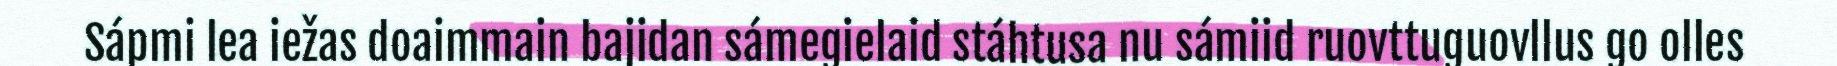
Sápmi lea iežas doaimmain bajidan sámegielaid stáhtusa nu sámiid ruovttuguovllus go olles